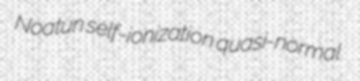
Noatun self-ionization quasi-normal